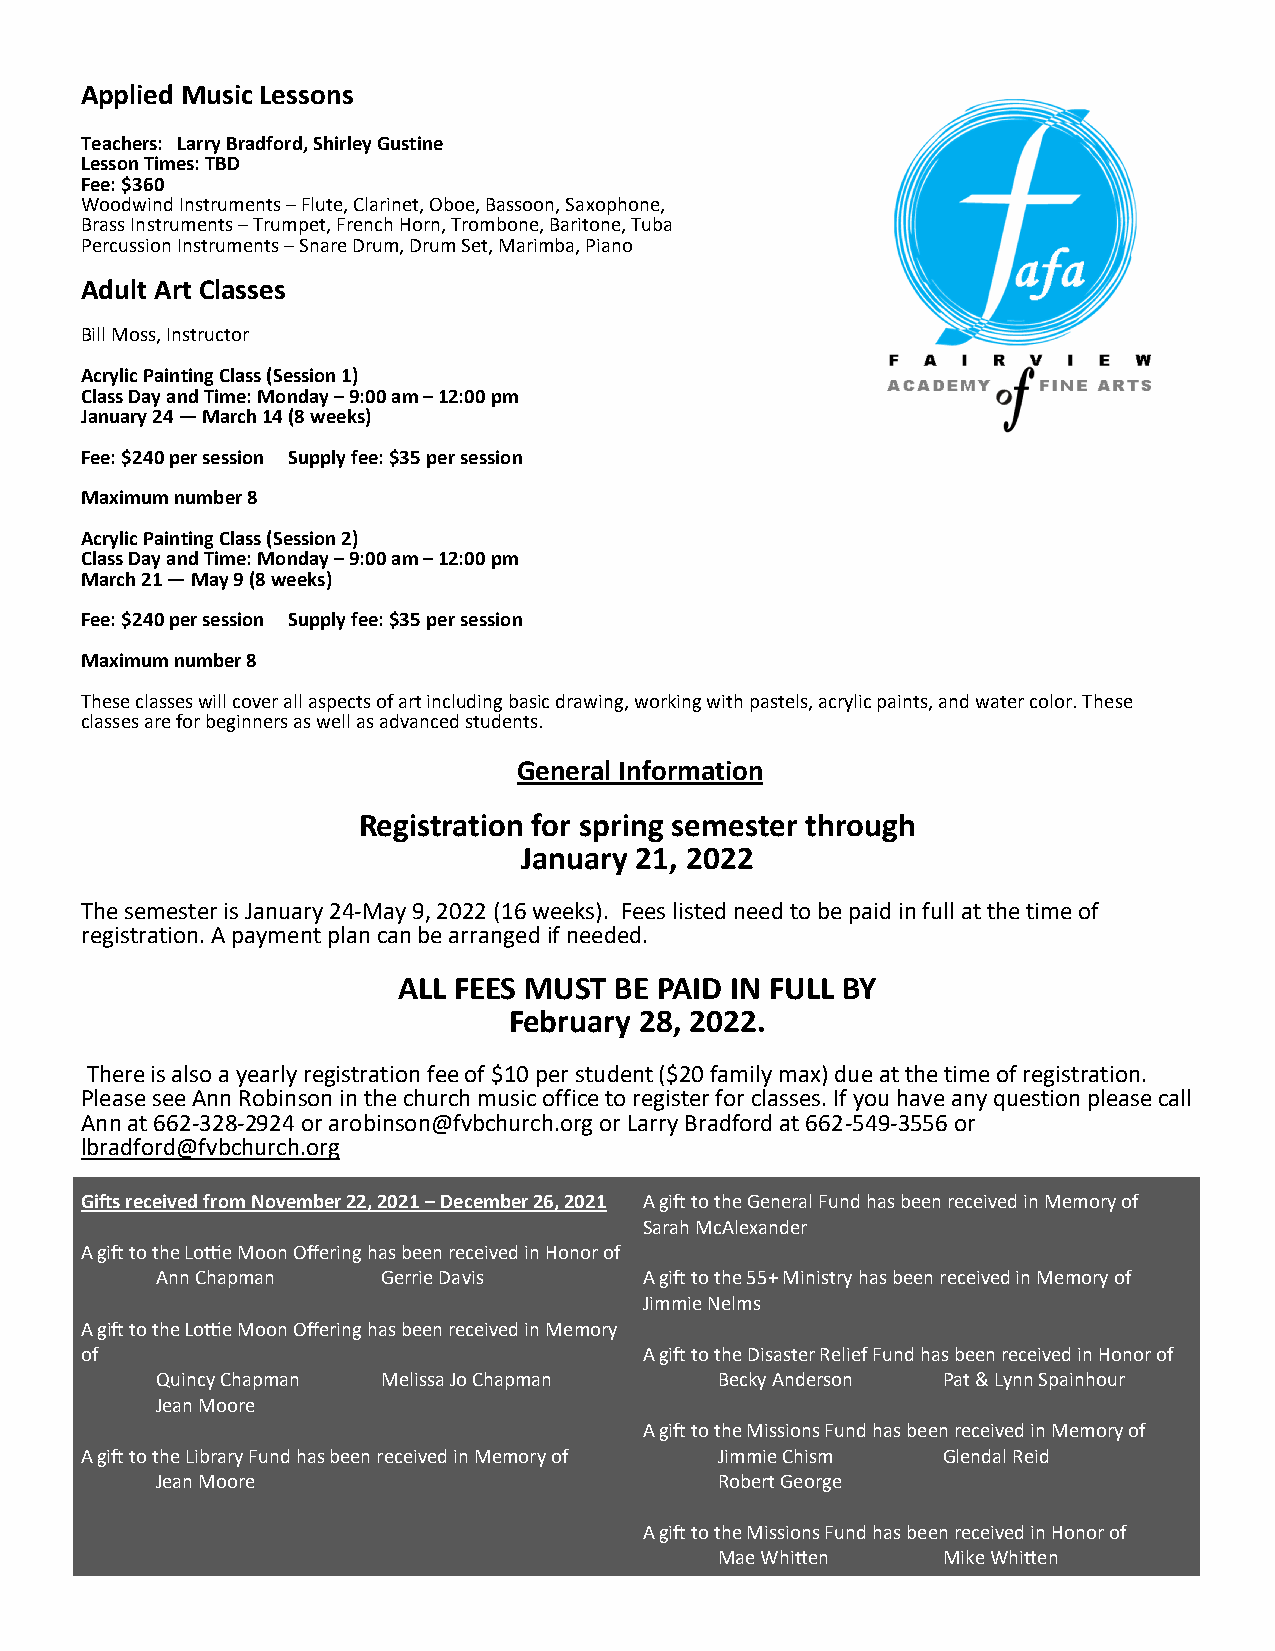
Applied Music Lessons
 Teachers: Larry Bradford, Shirley Gustine
 Lesson Times: TBD
 Fee: $360
 Woodwind Instruments – Flute, Clarinet, Oboe, Bassoon, Saxophone,
 Brass Instruments – Trumpet, French Horn, Trombone, Baritone, Tuba
 Percussion Instruments – Snare Drum, Drum Set, Marimba, Piano
 Adult Art Classes
 Bill Moss, Instructor
 Acrylic Painting Class (Session 1)
 Class Day and Time: Monday – 9:00 am – 12:00 pm
 January 24 — March 14 (8 weeks)
 Fee: $240 per session Supply fee: $35 per session
 Maximum number 8
 Acrylic Painting Class (Session 2)
 Class Day and Time: Monday – 9:00 am – 12:00 pm
 March 21 — May 9 (8 weeks)
 Fee: $240 per session Supply fee: $35 per session
 Maximum number 8
 These classes will cover all aspects of art including basic drawing, working with pastels, acrylic paints, and water color. These
 classes are for beginners as well as advanced students.
 General Information
 Registration for spring semester through
 January 21, 2022
 The semester is January 24-May 9, 2022 (16 weeks). Fees listed need to be paid in full at the time of
 registration. A payment plan can be arranged if needed.
 ALL FEES MUST  BE PAID IN FULL BY
 February 28, 2022.
 There is also a yearly registration fee of $10 per student ($20 family max) due at the time of registration.
 Please see Ann Robinson in the church music office to register for classes. If you have any question please call
 Ann at 662-328-2924 or arobinson@fvbchurch.org or Larry Bradford at 662-549-3556 or
 lbradford@fvbchurch.org
 Gifts received from November 22, 2021 – December 26, 2021 A gift to the General Fund has been received in Memory of
 Sarah McAlexander
 A gift to the Lottie Moon Offering has been received in Honor of
 Ann Chapman    Gerrie Davis      A gift to the 55+ Ministry has been received in Memory of
 Jimmie Nelms
 A gift to the Lottie Moon Offering has been received in Memory
 of                                    A gift to the Disaster Relief Fund has been received in Honor of
 Quincy Chapman Melissa Jo Chapman     Becky Anderson Pat & Lynn Spainhour
 Jean Moore
 A gift to the Missions Fund has been received in Memory of
 A gift to the Library Fund has been received in Memory of Jimmie Chism Glendal Reid
 Jean Moore                            Robert George
 A gift to the Missions Fund has been received in Honor of
 Mae Whitten   Mike Whitten